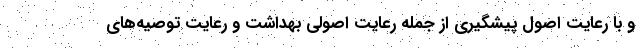
و با رعایت اصول پیشگیری از جمله رعایت اصولی بهداشت و رعایت توصیه‌های